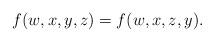
LaTeX: \begin{align*} f(w,x,y,z)=f(w,x,z,y).\end{align*}